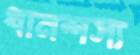
ধানশস্য